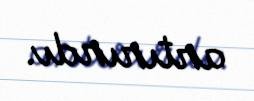
artırırdı.